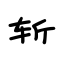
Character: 斩